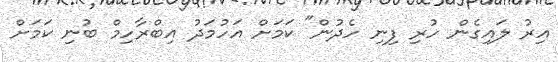
އިރު ލައިގެން ހުރި ފިނި ހެދުން" ކަމަށް އަހުމަދު އިބްރާހިމް ބުނި ކަމަށް